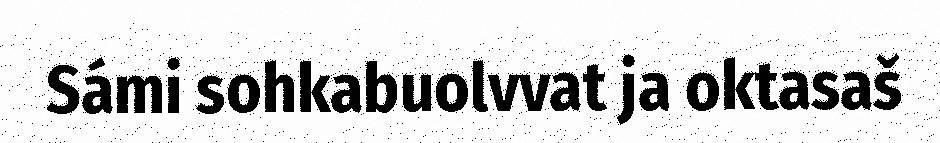
Sámi sohkabuolvvat ja oktasaš